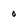
Character: 0